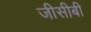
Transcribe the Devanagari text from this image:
जीसीबी